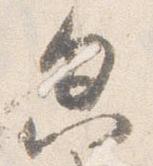
忽